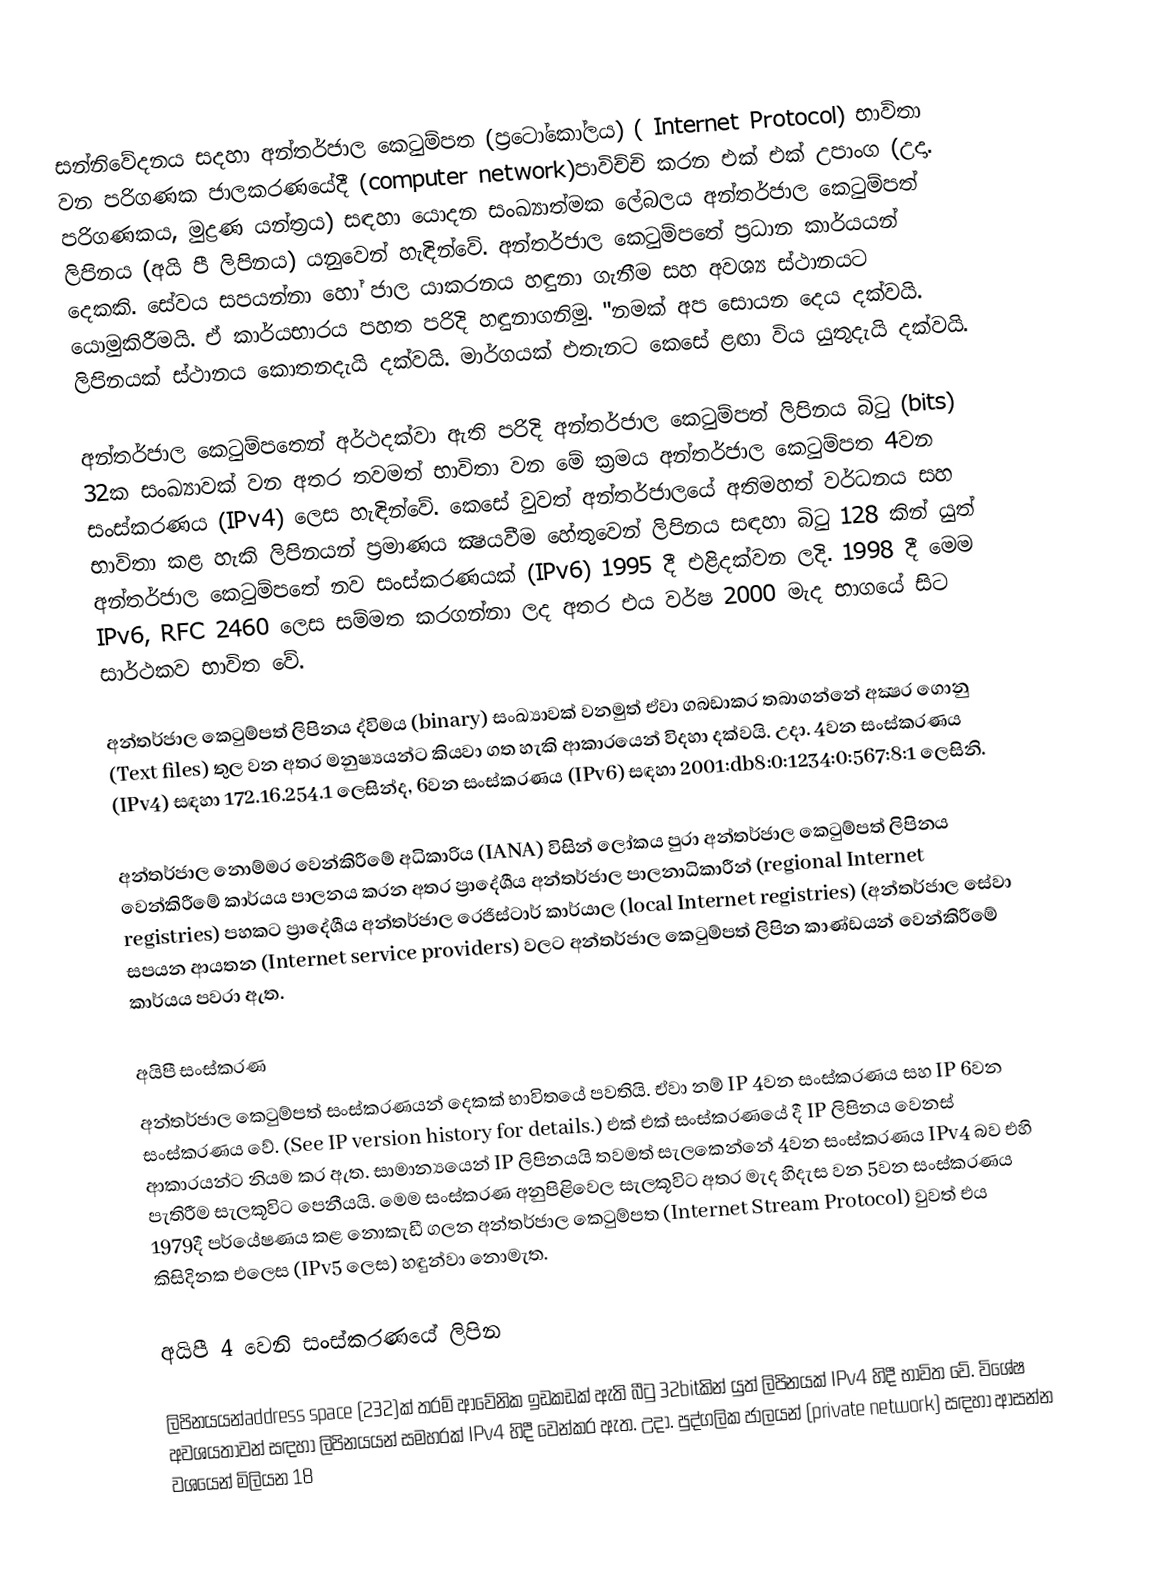
සන්නිවේදනය සදහා අන්තර්ජාල කෙටුම්පත (ප්‍රටෝකෝලය) ( Internet Protocol) භාවිතා වන පරිගණක ජාලකරණයේදී (computer network)පාවිච්චි කරන එක් එක් උපාංග (උදා. පරිගණකය, මුද්‍රණ යන්ත්‍රය) සඳහා යොදන සංඛ්‍යාත්මක ලේබලය අන්තර්ජාල කෙටුම්පත් ලිපිනය (අයි පී ලිපිනය) යනුවෙන් හැඳින්වේ.   අන්තර්ජාල කෙටුම්පතේ ප්‍රධාන කාර්යයන් දෙකකි. සේවය සපයන්නා හෝ ජාල යාකරනය හඳුනා ගැනීම සහ අවශ්‍ය ස්ථානයට යොමුකිරීමයි. ඒ කාර්යභාරය පහත පරිදි හඳුනාගනිමු. "නමක් අප සොයන දෙය දක්වයි. ලිපිනයක් ස්ථානය කොතනදැයි දක්වයි. මාර්ගයක් එතැනට කෙසේ ළඟා විය යුතුදැයි දක්වයි.

අන්තර්ජාල කෙටුම්පතෙන් අර්ථදක්වා ඇති පරිදි අන්තර්ජාල කෙටුම්පත් ලිපිනය බිටු (bits) 32ක සංඛ්‍යාවක් වන අතර තවමත් භාවිතා වන මේ ක්‍රමය අන්තර්ජාල කෙටුම්පත 4වන සංස්කරණය (IPv4) ලෙස හැඳින්වේ. කෙසේ වුවත් අන්තර්ජාලයේ අතිමහත් වර්ධනය සහ භාවිතා කළ හැකි ලිපිනයන් ප්‍රමාණය ක්‍ෂයවීම හේතුවෙන් ලිපිනය සඳහා බිටු 128 කින් යුත් අන්තර්ජාල කෙටුම්පතේ නව සංස්කරණයක් (IPv6) 1995 දී එළිදක්වන ලදි. 1998 දී මෙම IPv6, RFC 2460 ලෙස සම්මත කරගන්නා ලද අතර එය  වර්ෂ 2000 මැද භාගයේ සිට සාර්ථකව භාවිත වේ.

අන්තර්ජාල කෙටුම්පත් ලිපිනය ද්විමය (binary) සංඛ්‍යාවක් වනමුත් ඒවා ගබඩාකර තබාගන්නේ අක්‍ෂර ගොනු (Text files) තුල වන අතර මනුෂ්‍යයන්ට කියවා ගත හැකි ආකාරයෙන් විදහා දක්වයි. උදා. 4වන සංස්කරණය (IPv4) සඳහා 172.16.254.1 ලෙසින්ද, 6වන සංස්කරණය (IPv6) සඳහා 2001:db8:0:1234:0:567:8:1 ලෙසිනි.

අන්තර්ජාල නොම්මර වෙන්කිරීමේ අධිකාරිය (IANA) විසින් ලෝකය පුරා අන්තර්ජාල කෙටුම්පත් ලිපිනය වෙන්කිරීමේ කාර්යය පාලනය කරන අතර ප්‍රාදේශීය අන්තර්ජාල පාලනාධිකාරීන් (regional Internet registries) පහකට ප්‍රාදේශීය අන්තර්ජාල රෙජිස්ටාර් කාර්යාල (local Internet registries) (අන්තර්ජාල සේවා සපයන ආයතන (Internet service providers) වලට අන්තර්ජාල කෙටුම්පත් ලිපින කාණ්ඩයන් වෙන්කිරීමේ කාර්යය පවරා ඇත.

අයිපී සංස්කරණ
අන්තර්ජාල කෙටුම්පත් සංස්කරණයන් දෙකක් භාවිතයේ පවතියි. ඒවා නම් IP 4වන සංස්කරණය සහ IP 6වන සංස්කරණය වේ.  (See IP version history for details.) එක් එක් සංස්කරණයේ දී IP ලිපිනය වෙනස් ආකාරයන්ට නියම කර ඇත. සාමාන්‍යයෙන් IP ලිපිනයයි තවමත් සැලකෙන්නේ 4වන සංස්කරණය IPv4 බව එහි පැතිරීම සැලකූවිට පෙනීයයි. මෙම සංස්කරණ අනුපිළිවෙල සැලකූවිට අතර මැද හිදැස වන 5වන සංස්කරණය 1979දී පර්යේෂණය කළ නොකැඩී ගලන අන්තර්ජාල කෙටුම්පත (Internet Stream Protocol) වුවත් එය කිසිදිනක එලෙස (IPv5 ලෙස) හඳුන්වා නොමැත.

අයිපී 4 වෙනි සංස්කරණයේ ලිපින

ලිපිනයයන්address space  (232)ක් තරම් ආවේනික ඉඩකඩක් ඇති බීටු 32bitකින් යුත් ලිපිනයක් IPv4 හිදී භාවිත වේ. විශේෂ අවශ‍්‍යතාවන් සඳහා ලිපිනයයන් සමහරක් IPv4 හිදී වෙන්කර ඇත. උදා. පුද්ගලික ජාලයන් (private network) සඳහා ආසන්න වශයෙන් මිලියන 18